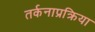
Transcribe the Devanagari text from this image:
तर्कनाप्रक्रिया